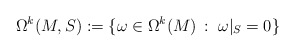
\begin{align*}\Omega^k(M,S):= \{\omega \in \Omega^k(M)\,:\; \omega\vert_S = 0\}\end{align*}